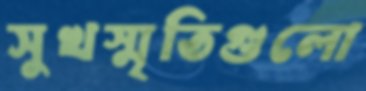
সুখস্মৃতিগুলো